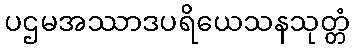
ပဌမအဿာဒပရိယေသနသုတ္တံ